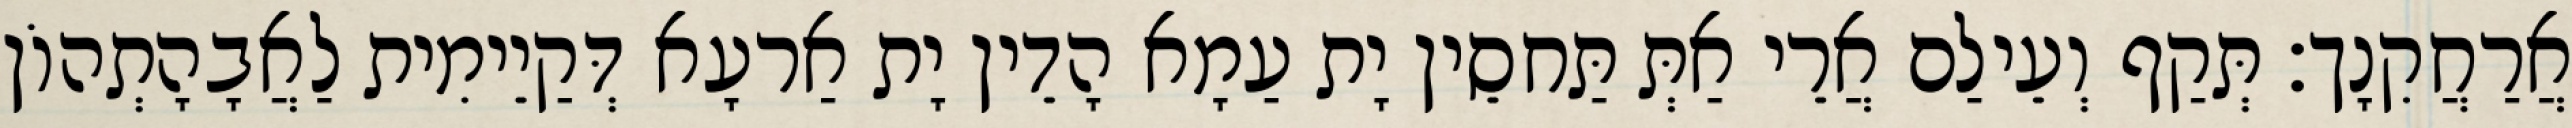
אֲרַחֲקִנָך׃ תְּקַף וְעֵילַם אֲרֵי אַתְּ תַּחסֵין יָת עַמָא הָדֵין יָת אַרעָא דְּקַיֵימִית לַאֲבָהָתְהוֹן